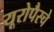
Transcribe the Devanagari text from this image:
यूरोपैस्चे